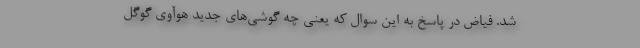
شد. فیاض در پاسخ به این سوال که یعنی چه گوشی‌های جدید هوآوی گوگل